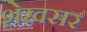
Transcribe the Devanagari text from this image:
शेखसर